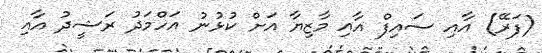
(ފަރޭ) އާއި ސައިފް އާއި މާޒިޔާ އަށް ކުޅުނު އަހްމަދު ރަޝީދު އާއި